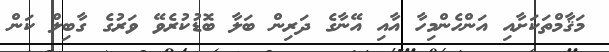
މަޤާމްތަކަށާއި އަންހެންމިހާ އާއި އޭނާގެ ދަރިން ބަލާ ބޮޑުކުރެވޭ ވަރުގެ ގާބިލް ކަން